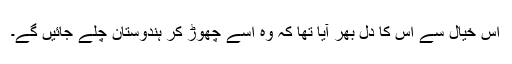
اس خیال سے اس کا دل بھر آیا تھا کہ وہ اسے چھوڑ کر ہندوستان چلے جائیں گے۔